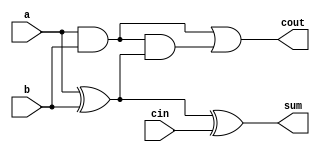
module Full_Adder(sum, cout, a, b,cin);
	input a, b, cin;
	output sum, cout;
	wire w1,w2,w3;
	xor(w2,a,b);
	xor(sum,w2,cin);
	//xor(sum,a,b,cin)
	and(w1,a,b);
	and(w3,w1,w2);
	or(cout,w1,w3);
endmodule